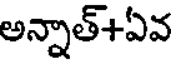
అన్నాత్+ఏవ